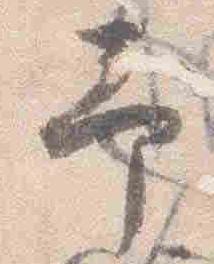
予